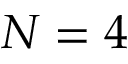
N = 4